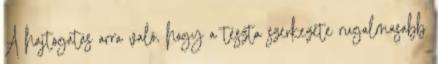
A hajtogatás arra való, hogy a tészta szerkezete rugalmasabb